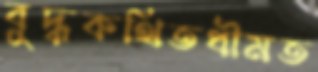
বুদ্ধকথিতধীমত